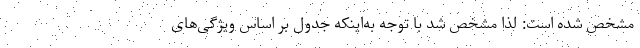
مشخص شده است: لذا مشخص شد با توجه به‌اینکه جدول بر اساس ویژگی‌های